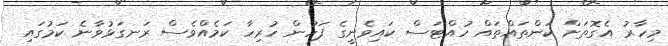
މިހާރު އެގޮތަށް ކަންތައްތައް ހުއްޓަސް ކައިވެނީގެ ފަހުން ހުރިހާ ކަމެއްވެސް ރަނގަޅުވާނެ ކަމުގައި